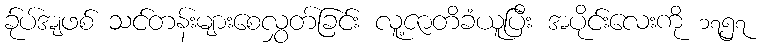
ခ်ုပ်အျဖစ် သင်တန်းများစေလွှတ်ခြင်း လူ့ဇာတိခံယူပြီး အပိုင်းလေးကို ၁၇၅၇